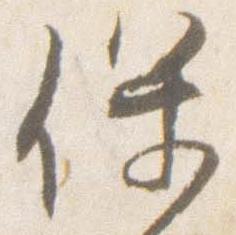
保